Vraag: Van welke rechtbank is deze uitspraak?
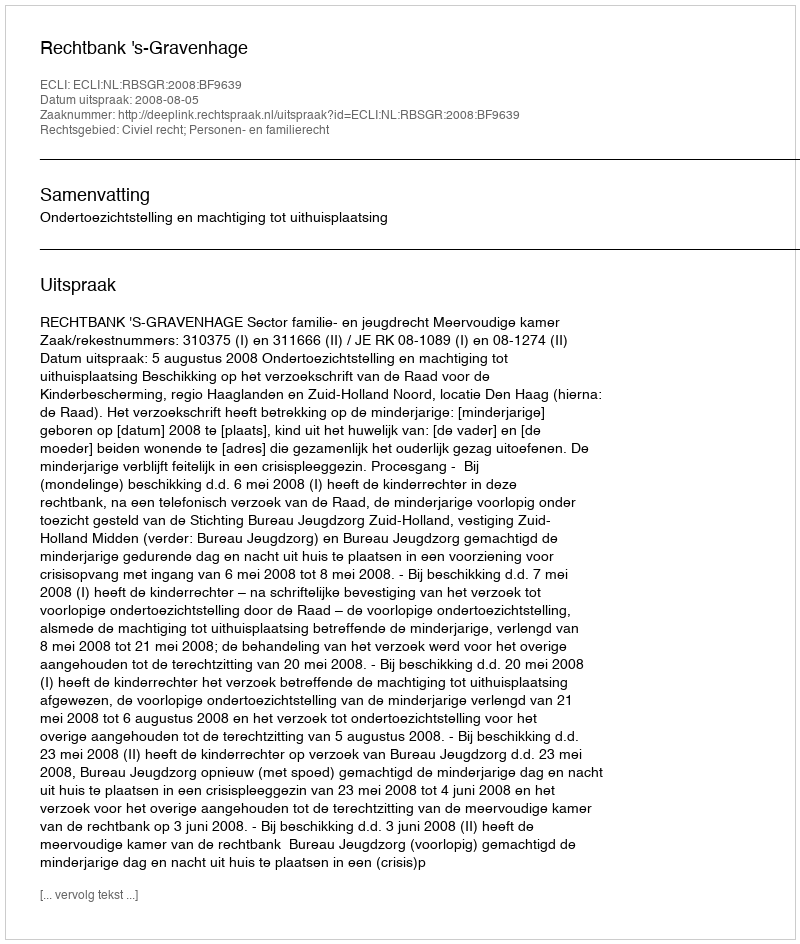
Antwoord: Rechtbank 's-Gravenhage